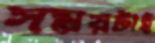
সময়টাই